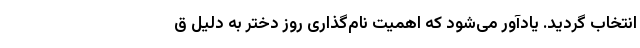
انتخاب گردید. یادآور می‌شود که اهميت نام‌گذاری روز دختر به دليل ق